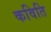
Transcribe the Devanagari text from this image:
कविति